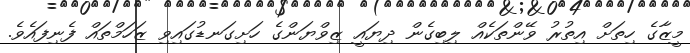
މީޒާގެ ހިތަށް އިތުރު ވޭންތަކެއް ލިބިގެން ދިޔައީ ޒިވްޔަންގެ ހަށިގަނޑުގައިވި ޒަހަމްތައް ފެނިފައެވެ.